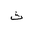
Letter: _tha